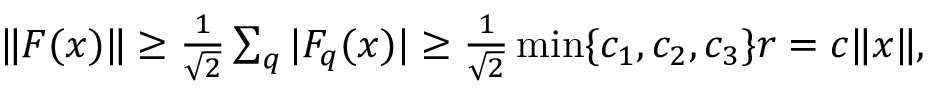
\begin{array} { r } { \| \boldsymbol { F } ( \boldsymbol { x } ) \| \ge \frac { 1 } { \sqrt { 2 } } \sum _ { q } | F _ { q } ( \boldsymbol { x } ) | \ge \frac { 1 } { \sqrt { 2 } } \operatorname* { m i n } \{ c _ { 1 } , c _ { 2 } , c _ { 3 } \} r = c \| \boldsymbol { x } \| , } \end{array}